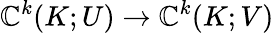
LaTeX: \mathbb{C}^{k}(K;U)\to\mathbb{C}^{k}(K;V)